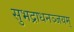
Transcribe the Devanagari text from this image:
सुभद्राधनञ्जयम्